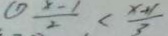
\textcircled { 1 } \frac { x - 1 } { 2 } < \frac { x + 1 } { 3 }